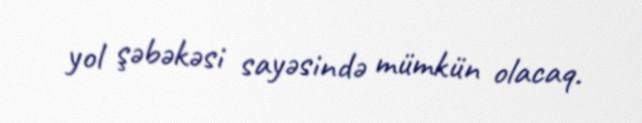
yol şəbəkəsi sayəsində mümkün olacaq.